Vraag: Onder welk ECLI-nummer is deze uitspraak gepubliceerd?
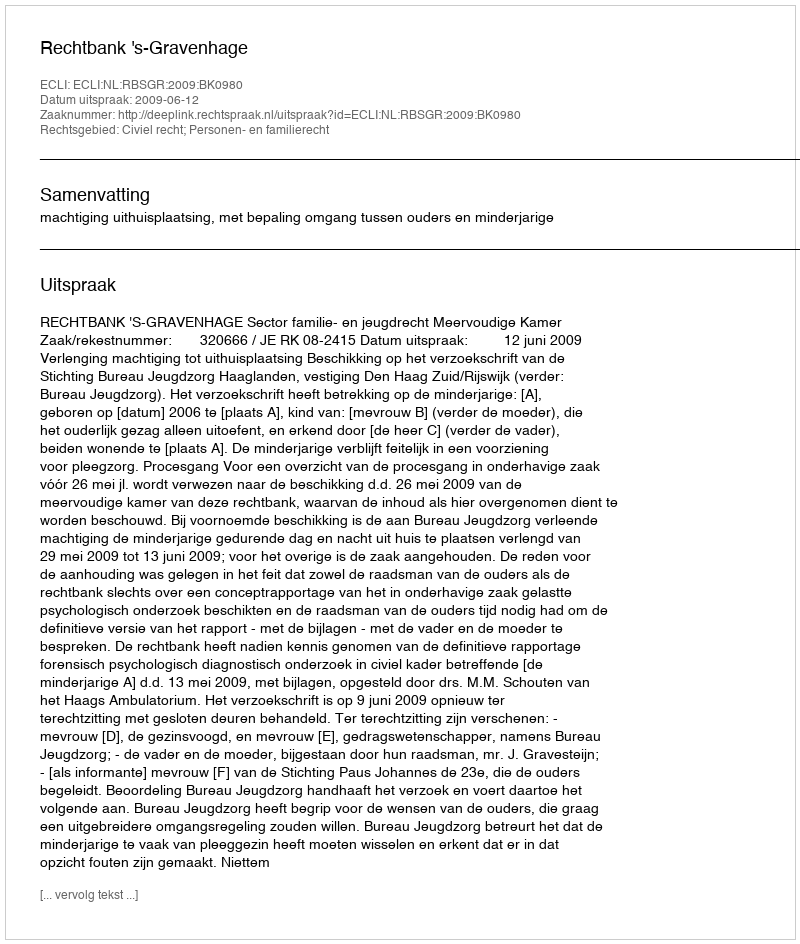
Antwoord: ECLI:NL:RBSGR:2009:BK0980